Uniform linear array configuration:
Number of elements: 16
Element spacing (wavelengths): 0.75
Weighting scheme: kaiser
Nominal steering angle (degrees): -45
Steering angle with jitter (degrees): -46.021
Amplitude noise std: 0.05
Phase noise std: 0.05

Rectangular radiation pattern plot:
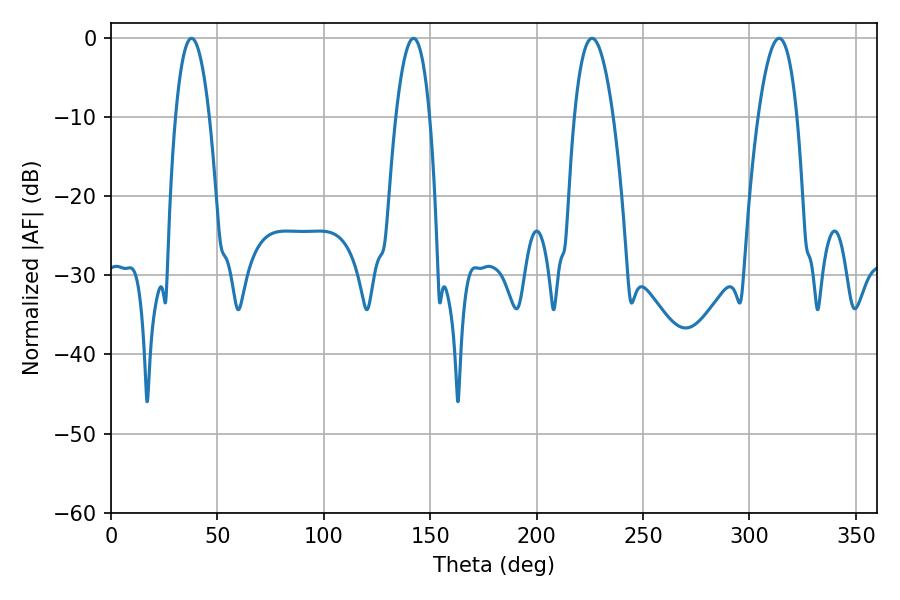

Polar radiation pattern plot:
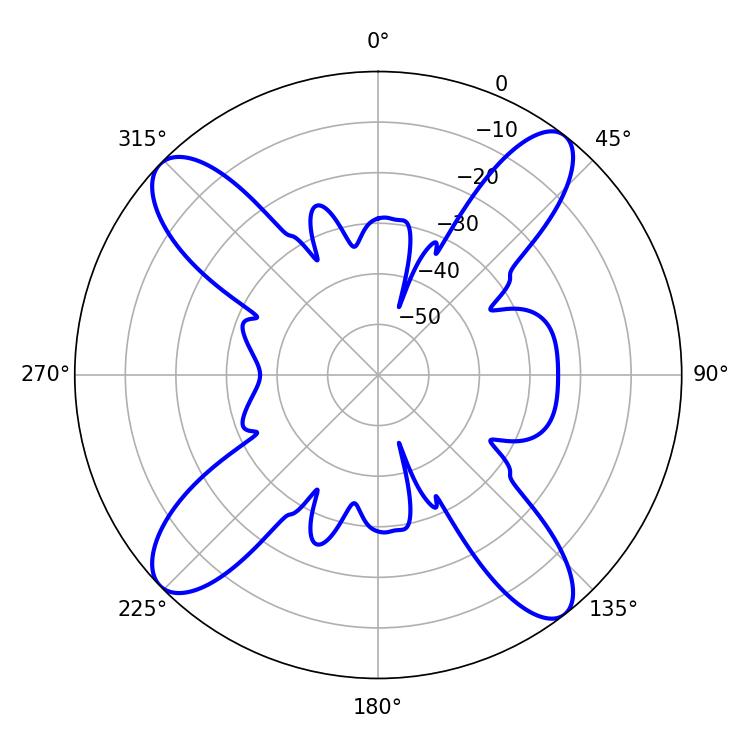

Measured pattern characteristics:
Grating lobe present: TRUE
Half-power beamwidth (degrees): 10.08
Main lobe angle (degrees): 226.08